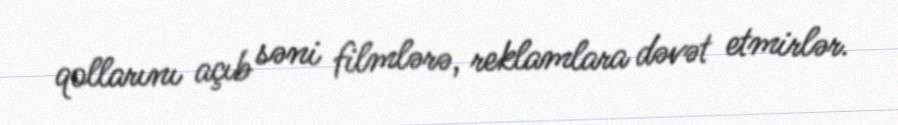
qollarını açıb səni filmlərə, reklamlara dəvət etmirlər.